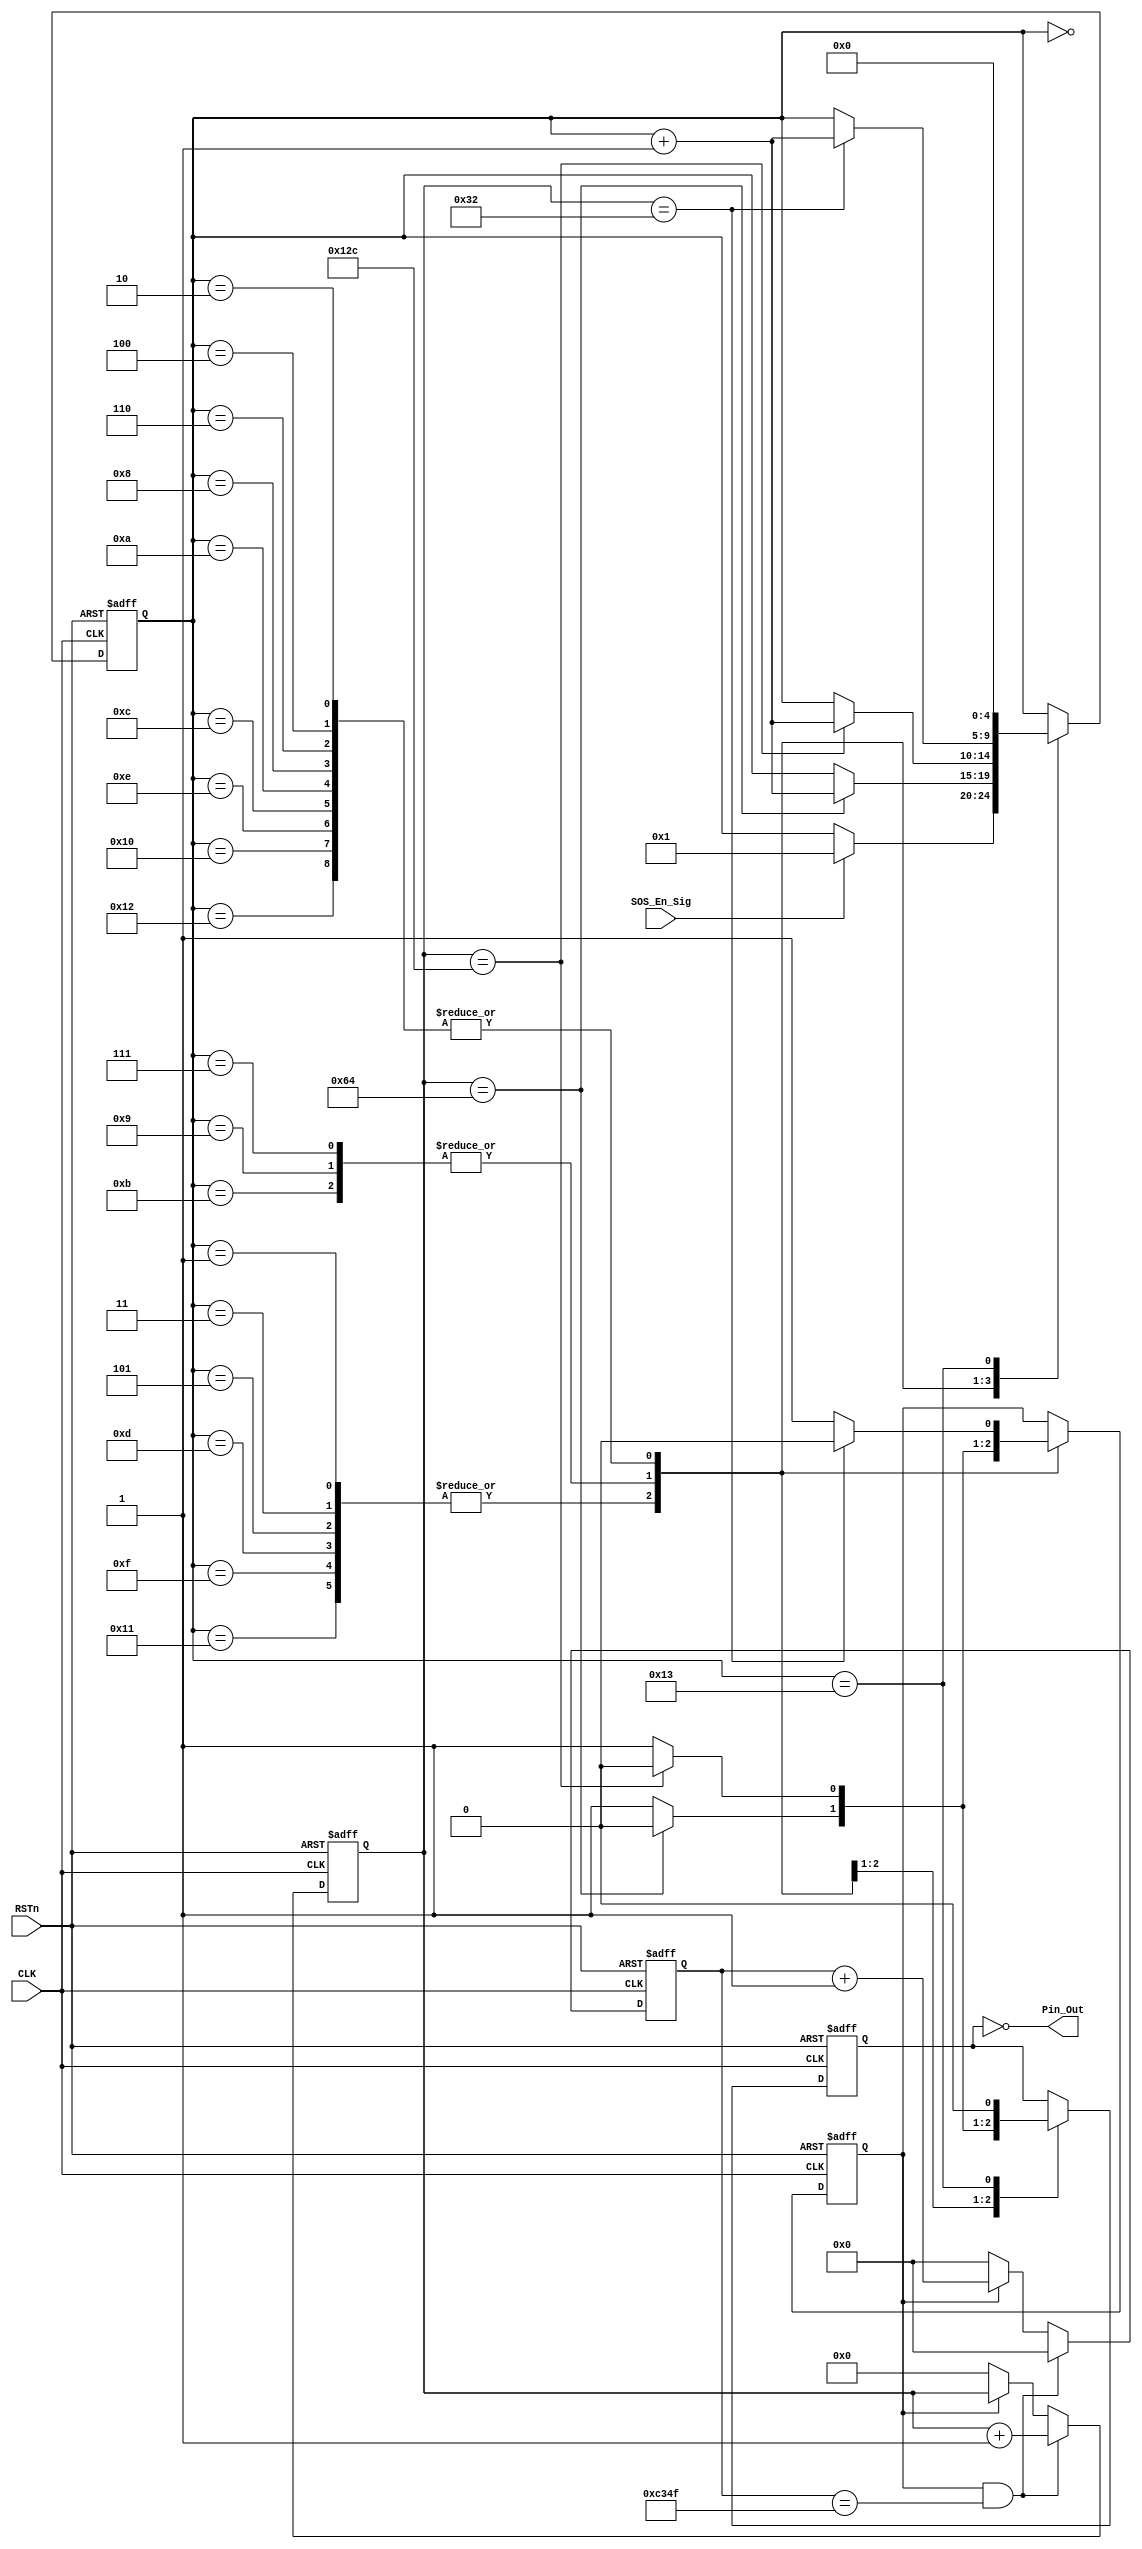
module sos_module
(
     CLK, RSTn, Pin_Out, SOS_En_Sig
);

    input CLK;
	 input RSTn;
	 input SOS_En_Sig;
	 output Pin_Out;
	 
	 /****************************************/
	 
	 parameter T1MS = 16'd49_999;//DB4CE15ʹõľΪ50MHz50M*0.001-1=49_999
	 
	 /***************************************/
	 
	 reg [15:0]Count1;

	 always @ ( posedge CLK or negedge RSTn )
	     if( !RSTn )
		      Count1 <= 16'd0;
		  else if( isCount && Count1 == T1MS )
		      Count1 <= 16'd0;
		  else if( isCount )
		      Count1 <= Count1 + 1'b1;
		  else if( !isCount )
		      Count1 <= 16'd0;
	
    /****************************************/	
				
    reg [9:0]Count_MS;
	    
	 always @ ( posedge CLK or negedge RSTn )
        if( !RSTn )
		      Count_MS <= 10'd0;
		  else if( isCount && Count1 == T1MS )
		      Count_MS <= Count_MS + 1'b1;
		  else if( !isCount )
		      Count_MS <= 10'd0;
	
	/******************************************/
	
	reg isCount;
	reg rPin_Out;
	reg [4:0]i;
	
	always @ ( posedge CLK or negedge RSTn )
	    if( !RSTn )
		     begin
		         isCount <= 1'b0;
					rPin_Out <= 1'b0;
					i <= 5'd0;
			  end
		 else 
	        case( i )
			  
			    5'd0 : 
					if( SOS_En_Sig ) i <= 5'd1;
					
					5'd1, 5'd3, 5'd5, 				//short
					5'd13, 5'd15, 5'd17 :  
					if( Count_MS == 10'd100 ) begin isCount <= 1'b0; rPin_Out <= 1'b0; i <= i + 1'b1; end // short
					else begin isCount <= 1'b1; rPin_Out <= 1'b1; end
					
					5'd7, 5'd9, 5'd11 :					//long
					if( Count_MS == 10'd300 ) begin isCount <= 1'b0; rPin_Out <= 1'b0; i <= i + 1'b1; end // long
					else begin isCount <= 1'b1; rPin_Out <= 1'b1; end
					
					5'd2, 5'd4, 5'd6,  					//interval
					5'd8, 5'd10, 5'd12,
					5'd14, 5'd16, 5'd18 :
					if( Count_MS == 10'd50 ) begin isCount <= 1'b0; i <= i + 1'b1; end// interval
					else isCount <= 1'b1;
					
					5'd19 :
					begin rPin_Out <= 1'b0; i <= 5'd0; end  // end
					
			  endcase
			  
    /***************************************************/
	 
	 assign Pin_Out = !rPin_Out;//˴ȡΪ͵ƽЧ͵ƽʱ죬ߵƽʱ
	 
	 /***************************************************/

		  
endmodule